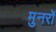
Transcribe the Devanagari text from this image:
मुनरों